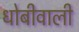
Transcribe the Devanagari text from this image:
धोबीवाली